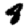
Digit: 4